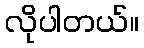
လိုပါတယ်။